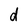
Character: d